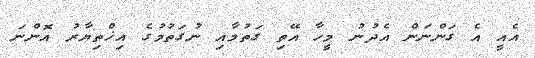
އެއީ އެ ގަންނަން އެދުނު މީހާ އޭތި ގަތުމާއި ނުގަތުމުގެ އިޚްތިޔާރު އޮންނަ